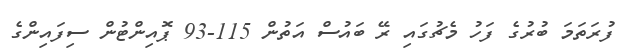
ފުރަތަމަ ބުރުގެ ފަހު މެޗުގައި ރޭ ބައުސް އަތުން 115-93 ޕޮއިންޓުން ސިފައިންގެ